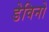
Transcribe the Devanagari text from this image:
डेविनो